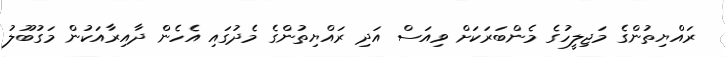
ރައްޔިތުންގެ މަޖިލީހުގެ މެންބަރަކަށް ވިއަސް އަދި ރައްޔިތުންގެ މެދުގައި އެހެން ދާއިރާއަކުން މަގުބޫލު